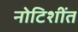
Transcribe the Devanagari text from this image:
नोटिशींत